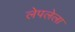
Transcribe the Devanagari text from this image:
लेपलेला